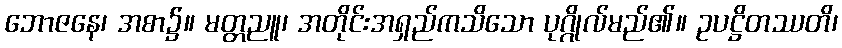
ဘောဇနေ၊ အစာ၌။ မတ္တညူ၊ အတိုင်းအရှည်ကသိသော ပုဂ္ဂိုလ်မည်၏။ ဥပဋ္ဌိတဿတိ၊